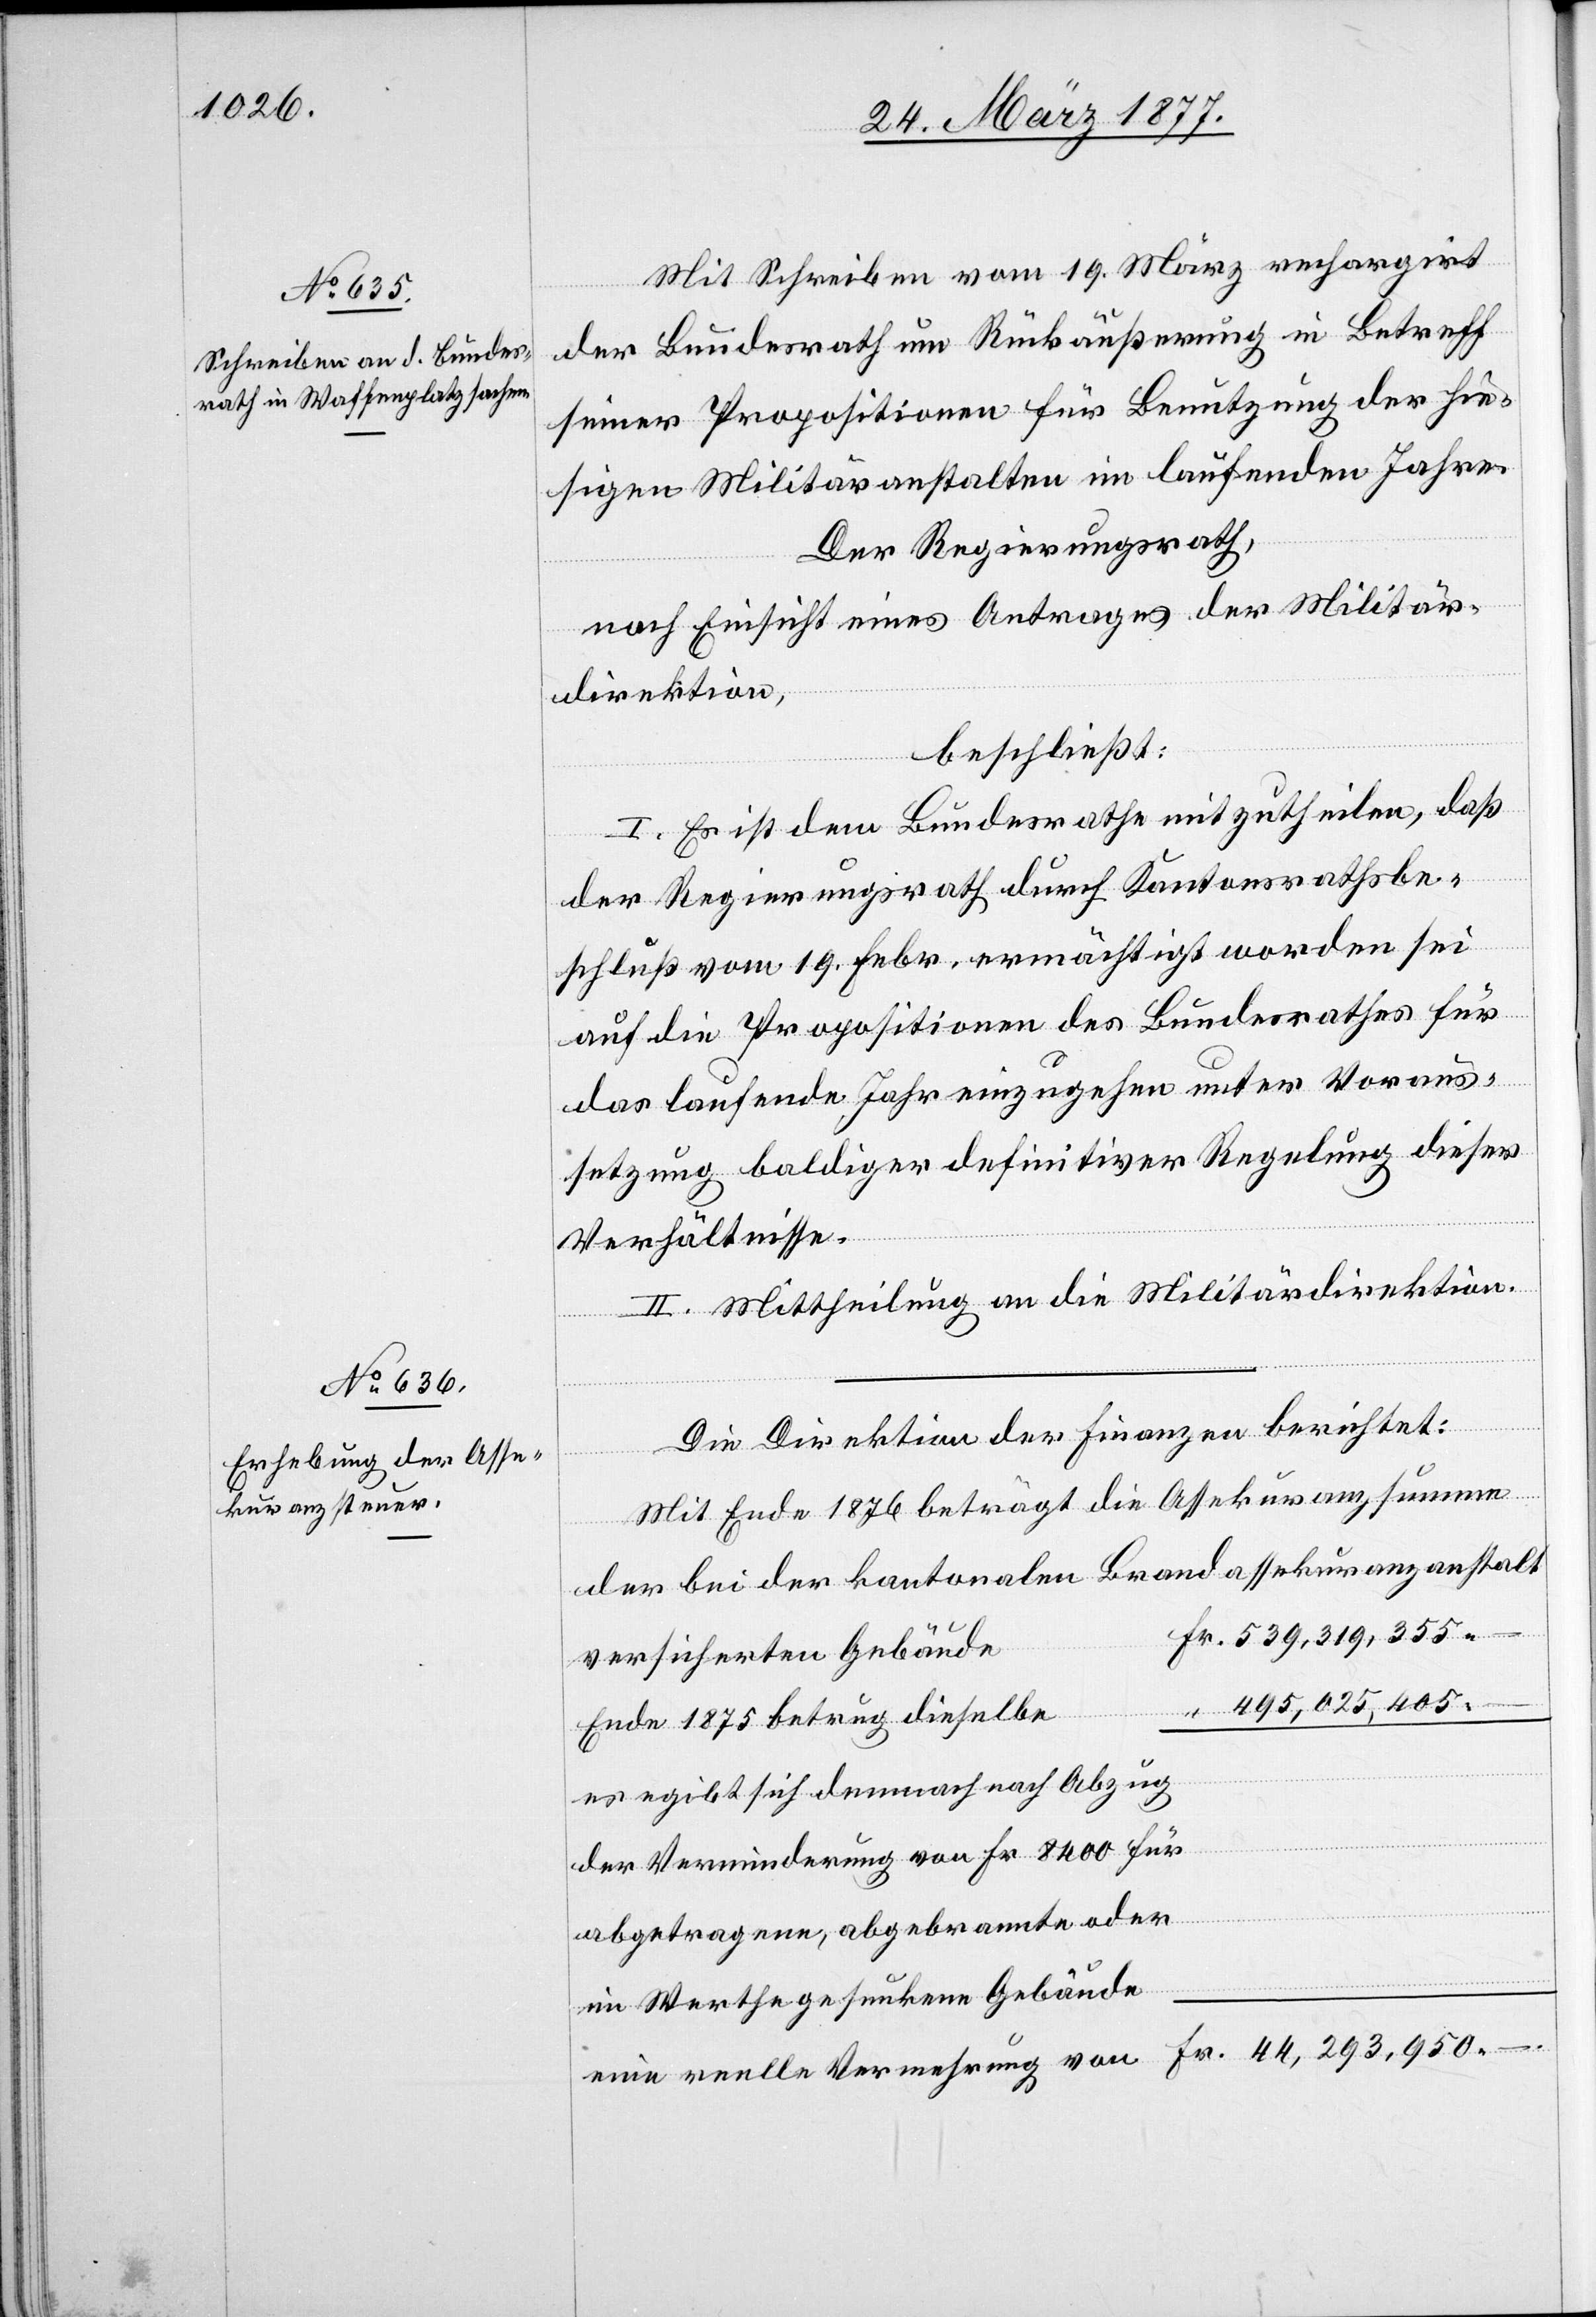
Mit Schreiben vom 19. März rechargirt
zanstalt
der Bundesrath um Rückäußerung in Betreff
seiner Propositionen für Benutzung der hie¬
sigen Militäranstalten im laufenden Jahre.
Der Regierungsrath,
nach Einsicht eines Antrages der Militär¬
direktion,
beschließt:
I. Es ist dem Bundesrathe mitzutheilen, daß
der Regierungsrath durch Kantonsrathsbe¬
schluß vom 19. Febr. ermächtigt worden sei
auf die Propositionen des Bundesrathes für
das laufende Jahr einzugehen unter Voraus¬
setzung baldiger definitiver Regelung dieser
Verhältnisse.
II. Mittheilung an die Militärdirektion.
von
Die Direktion der Finanzen berichtet:
Fr.
Mit Ende 1876 beträgt die Assekuranzsumme
versicherten Gebäude
495,025,405
Ende 1875 betrug dieselbe
es ergibt sich demnach nach Abzug
der Verminderung von Fr. 8400 für
abgetragene, abgebrannte oder
im Werthe gesunkene Gebäude